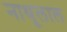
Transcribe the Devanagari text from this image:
नाथूलाल